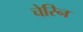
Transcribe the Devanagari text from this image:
चेरिन